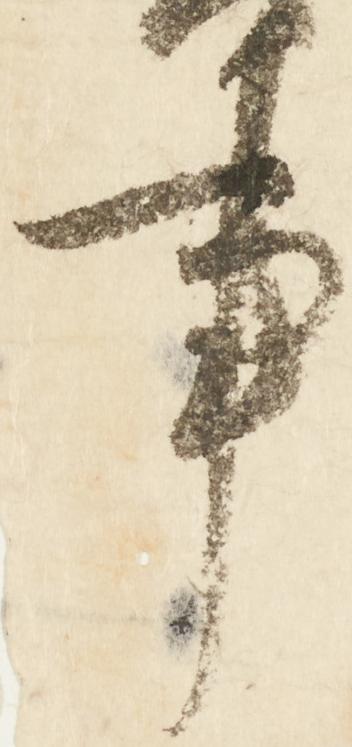
事